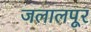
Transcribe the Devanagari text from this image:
जलालपूर